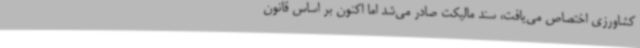
کشاورزی اختصاص می‌یافت، سند مالیکت صادر می‌شد اما اکنون بر اساس قانون